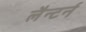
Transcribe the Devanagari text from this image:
लैन्टर्न